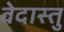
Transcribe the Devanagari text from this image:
वेदास्तु